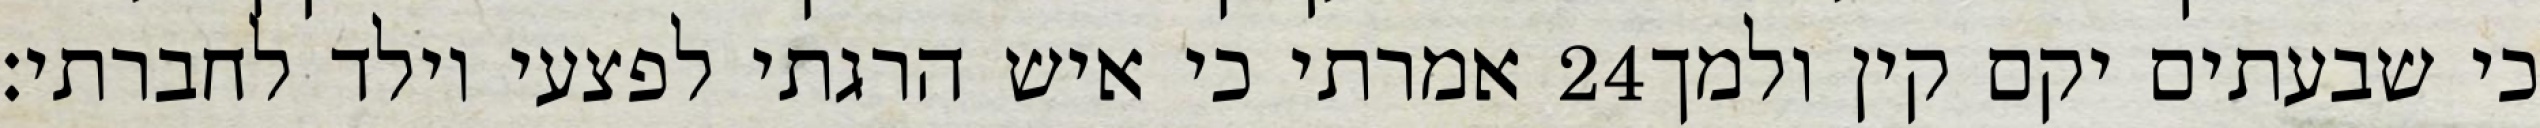
אמרתי כי איש הרגתי לפצעי וילד לחברתי׃ ‎24‏ כי שבעתים יקם קין ולמך